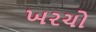
ખરચો